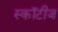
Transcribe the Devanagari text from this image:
स्कॉटीज